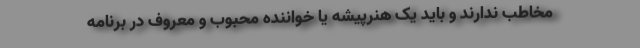
مخاطب ندارند و باید یک هنرپیشه یا خواننده محبوب و معروف در برنامه